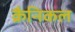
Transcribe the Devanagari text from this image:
क्रैनिकल